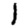
Digit: 1